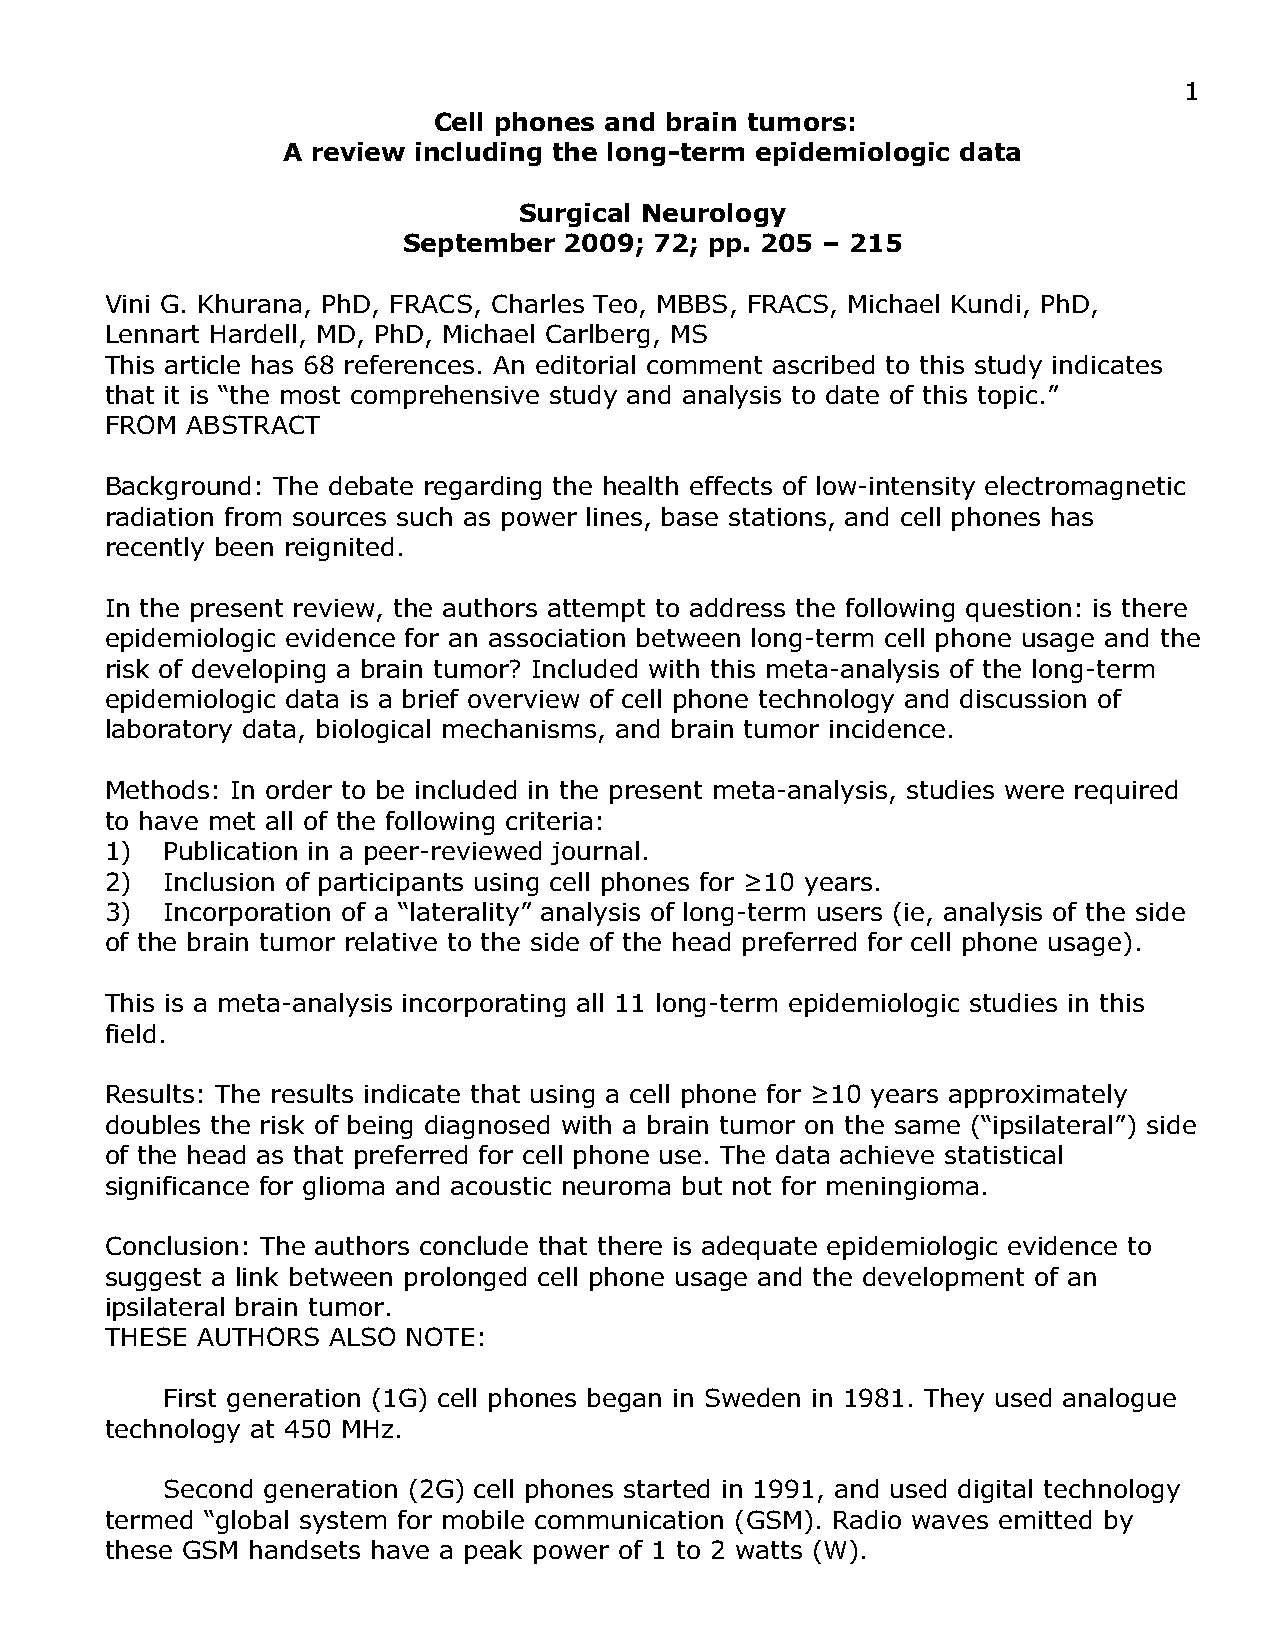
1
 Cell phones and brain tumors:
 A review including the long-term epidemiologic data
 Surgical Neurology
 September 2009; 72; pp. 205 – 215
 Vini G. Khurana, PhD, FRACS, Charles Teo, MBBS, FRACS, Michael Kundi, PhD,
 Lennart Hardell, MD, PhD, Michael Carlberg, MS
 This article has 68 references. An editorial comment ascribed to this study indicates
 that it is “the most comprehensive study and analysis to date of this topic.”
 FROM ABSTRACT
 Background: The debate regarding the health effects of low-intensity electromagnetic
 radiation from sources such as power lines, base stations, and cell phones has
 recently been reignited.
 In the present review, the authors attempt to address the following question: is there
 epidemiologic evidence for an association between long-term cell phone usage and the
 risk of developing a brain tumor? Included with this meta-analysis of the long-term
 epidemiologic data is a brief overview of cell phone technology and discussion of
 laboratory data, biological mechanisms, and brain tumor incidence.
 Methods: In order to be included in the present meta-analysis, studies were required
 to have met all of the following criteria:
 1)  Publication in a peer-reviewed journal.
 2)  Inclusion of participants using cell phones for ≥10 years.
 3)  Incorporation of a “laterality” analysis of long-term users (ie, analysis of the side
 of the brain tumor relative to the side of the head preferred for cell phone usage).
 This is a meta-analysis incorporating all 11 long-term epidemiologic studies in this
 field.
 Results: The results indicate that using a cell phone for ≥10 years approximately
 doubles the risk of being diagnosed with a brain tumor on the same (“ipsilateral”) side
 of the head as that preferred for cell phone use. The data achieve statistical
 significance for glioma and acoustic neuroma but not for meningioma.
 Conclusion: The authors conclude that there is adequate epidemiologic evidence to
 suggest a link between prolonged cell phone usage and the development of an
 ipsilateral brain tumor.
 THESE AUTHORS  ALSO NOTE:
 First generation (1G) cell phones began in Sweden in 1981. They used analogue
 technology at 450 MHz.
 Second generation (2G) cell phones started in 1991, and used digital technology
 termed “global system for mobile communication (GSM). Radio waves emitted by
 these GSM handsets have a peak power of 1 to 2 watts (W).